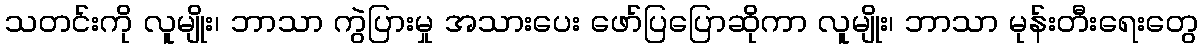
သတင်းကို လူမျိုး၊ ဘာသာ ကွဲပြားမှု အသားပေး ဖော်ပြပြောဆိုကာ လူမျိုး၊ ဘာသာ မုန်းတီးရေးတွေ